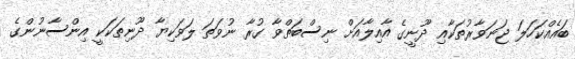
ބައެއްކަހަލަ ޖަނަވާރުތަކާއި ދޫނީގެ އާއިލާއަށް ނިސްބަތްވާ ގުރާ ނުވަތަ ލަވަކިޔާ ދޫނިތަކަކީ އިންސާނުންގެ